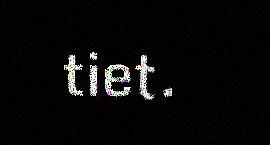
tiet.